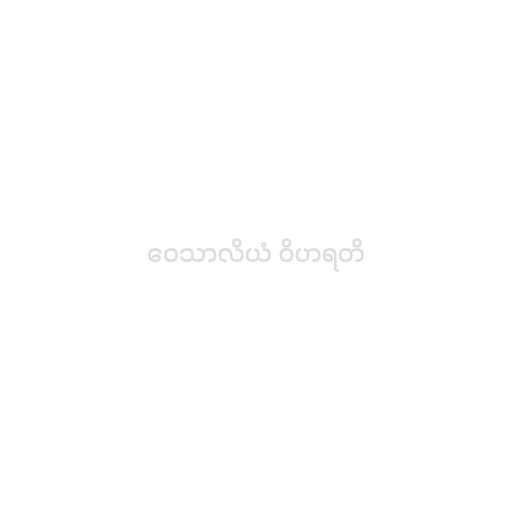
ဝေသာလိယံ ဝိဟရတိ